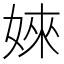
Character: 婡